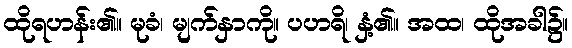
ထိုရဟန်း၏။ မုခံ၊ မျက်နှာကို။ ပဟရိ၊ နှံ့၏။ အထ၊ ထိုအခါ၌။